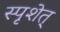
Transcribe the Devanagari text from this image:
स्पृशेत्